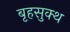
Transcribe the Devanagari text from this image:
बृहसुक्थ